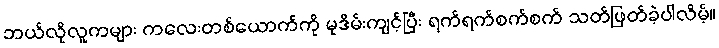
ဘယ်လိုလူကများ ကလေးတစ်ယောက်ကို မုဒိမ်းကျင့်ပြီး ရက်ရက်စက်စက် သတ်ဖြတ်ခဲ့ပါလိမ့်။